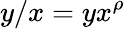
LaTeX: y/x=yx^{\rho}